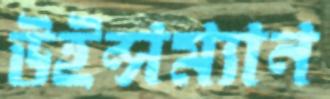
উইন্সম্যান